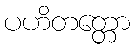
ပဟိတတ္တော